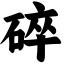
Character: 碎